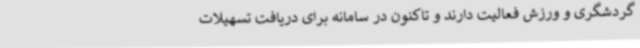
گردشگری و ورزش فعالیت دارند و تاکنون در سامانه برای دریافت تسهیلات